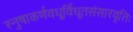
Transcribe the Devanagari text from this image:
स्नुषाकर्णवधूर्विधूतसंसारवृत्तिः